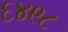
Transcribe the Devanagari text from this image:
६४९८